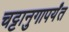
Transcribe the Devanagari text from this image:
चट्टानुगापर्यंत